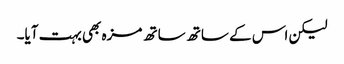
لیکن اس کے ساتھ ساتھ مزہ بھی بہت آیا۔